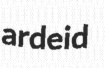
ardeid